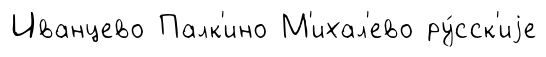
Иванцево Палк'ино М'ихал'ево ру́сск'иjе